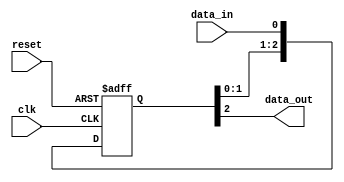
module three_flop_synchronizer (
    input wire clk,  // clock signal
    input wire reset,  // asynchronous reset signal
    input wire data_in,  // input signal to be synchronized

    output reg data_out  // synchronized output signal
     );

    reg [2:0] sync_data;  // storage for synchronized data

    always @(posedge clk or posedge reset) begin
        if (reset) begin
            sync_data <= 3'b0; // clear synchronized data
        end else begin
            sync_data <= {sync_data[1:0], data_in};  // shift in new input data
        end
    end

    always @* begin
        data_out = sync_data[2];  // output synchronized data
    end

endmodule